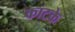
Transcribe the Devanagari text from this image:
काटके